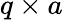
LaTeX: q\times a